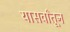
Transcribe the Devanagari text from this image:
यासर्वांतून